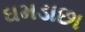
ઘમડાછા